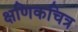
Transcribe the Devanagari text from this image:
क्षणिकचित्र